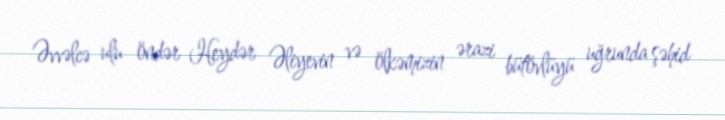
Əvvəlcə ulu öndər Heydər Əliyevin və ölkəmizin ərazi bütövlüyü uğrunda şəhid